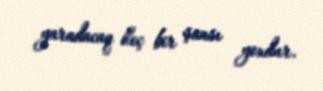
yaradacaq heç bir şansı yoxdur.